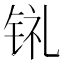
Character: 𫓳